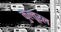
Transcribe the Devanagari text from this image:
कुल्तूरल